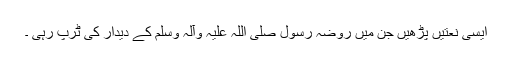
ایسی نعتیں پڑھیں جن میں روضہ رسول صلی اللہ علیہ وآلہ وسلم کے دیدار کی ٹرپ رہی ۔